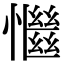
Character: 𢣎